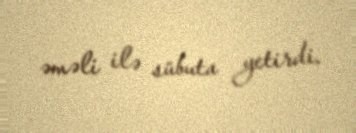
əməli ilə sübuta yetirdi.